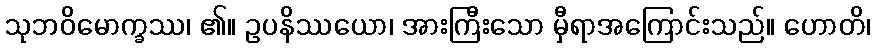
သုဘဝိမောက္ခဿ၊ ၏။ ဥပနိဿယော၊ အားကြီးသော မှီရာအကြောင်းသည်။ ဟောတိ၊